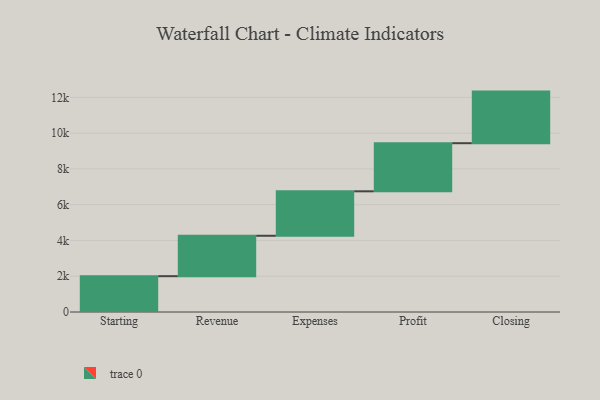
{"axis": {"x": "Step", "y": "Value"}, "legend": [""], "data": [{"x": "Starting", "y": 2002.0, "type": ""}, {"x": "Revenue", "y": 2260.0, "type": ""}, {"x": "Expenses", "y": 2486.0, "type": ""}, {"x": "Profit", "y": 2690.0, "type": ""}, {"x": "Closing", "y": 2885.0, "type": ""}]}